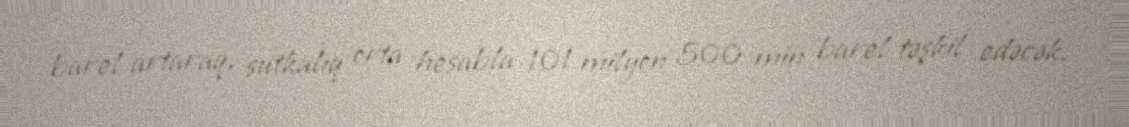
barel artaraq, sutkalıq orta hesabla 101 milyon 500 min barel təşkil edəcək.